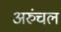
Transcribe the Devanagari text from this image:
अरुंचल